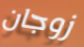
زوجان